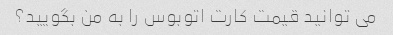
می توانید قیمت کارت اتوبوس را به من بگویید؟